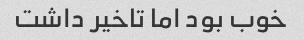
خوب بود اما تاخیر داشت